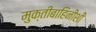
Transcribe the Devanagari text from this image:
मुक्तीबाहिनीशी